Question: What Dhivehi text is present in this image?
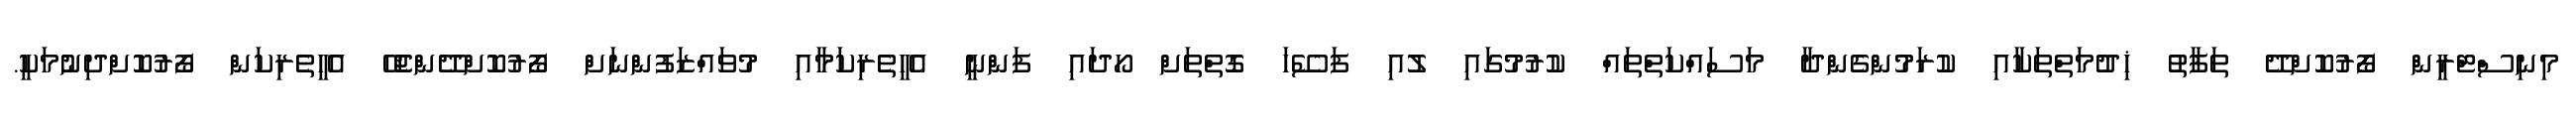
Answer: މިނިސްޓްރީން ފޯރުކޮށްދޭ ތަފާތު ޚިދުމަތްތަކާއި ކުރަމުންގެންދާ މަސައްކަތްތައް ކުރުމުގައި ލުއި ފަސޭހަ ގޮތްތަށް ހޯދައި ފަންނީ އެހީތެރިކަމާއި މުވައްޒަފުންނަށް ފޯރުކޮށްދޭންޖެހޭ އެހީތެރިކަން ފޯރުކޮށްދިނުމަކީ.